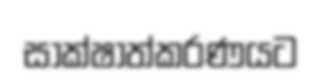
සාක්ෂාත්කරණයට